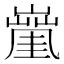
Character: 𡒑